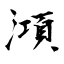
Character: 澒